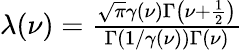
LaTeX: \begin{array}{r}{\lambda(\nu)=\frac{\sqrt{\pi}\gamma(\nu)\Gamma\left(\nu+\frac{1}{2}\right)}{\Gamma\left(1/\gamma(\nu)\right)\Gamma(\nu)}}\end{array}